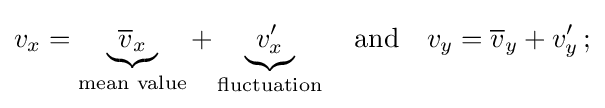
v_{x}=\underbrace {{\overline {v}}_{x}} _{\text{mean value}}+\underbrace {v'_{x}} _{\text{fluctuation}}\quad {\text{and}}\quad v_{y}={\overline {v}}_{y}+v'_{y}\,;